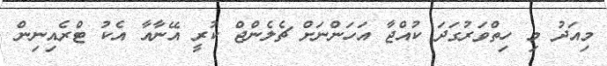
މިއަދު މި ހިތްވަރުގަދަ ކުއްޖާ އަހަންނަށް ޗެލެންޖް ކުރީ އޭނާއާ އެކު ޓްރެއިނިން